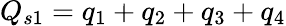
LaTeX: Q_{s1}=q_{1}+q_{2}+q_{3}+q_{4}